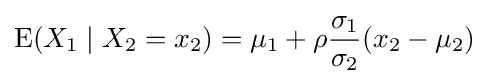
\operatorname {E} (X_{1}\mid X_{2}=x_{2})=\mu _{1}+\rho {\frac {\sigma _{1}}{\sigma _{2}}}(x_{2}-\mu _{2})